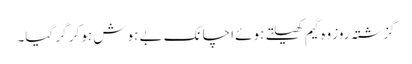
گزشتہ روز وہ گیم کھیلتے ہوئے اچانک بے ہوش ہو کر گر گیا۔